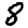
Digit: 8